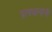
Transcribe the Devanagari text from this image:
प्रावधानांनी